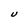
Character: U